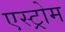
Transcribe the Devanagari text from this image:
एस्ट्रोम